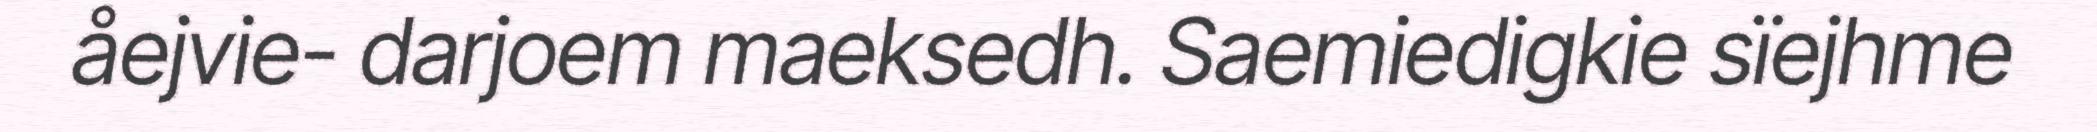
åejvie- darjoem maeksedh. Saemiedigkie sïejhme